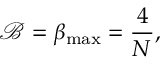
\mathcal { B } = \beta _ { \mathrm { m a x } } = \frac { 4 } { N } ,